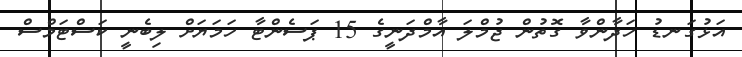
އަޅުގަނޑު ހަދާންވާ ގޮތުން ޖުމްލަ އާމްދަނީގެ 15 ޕަސެންޓާ ހަމަޔަށް ލިބެނީ ކަސްޓަމްސް